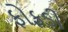
ફોફડી